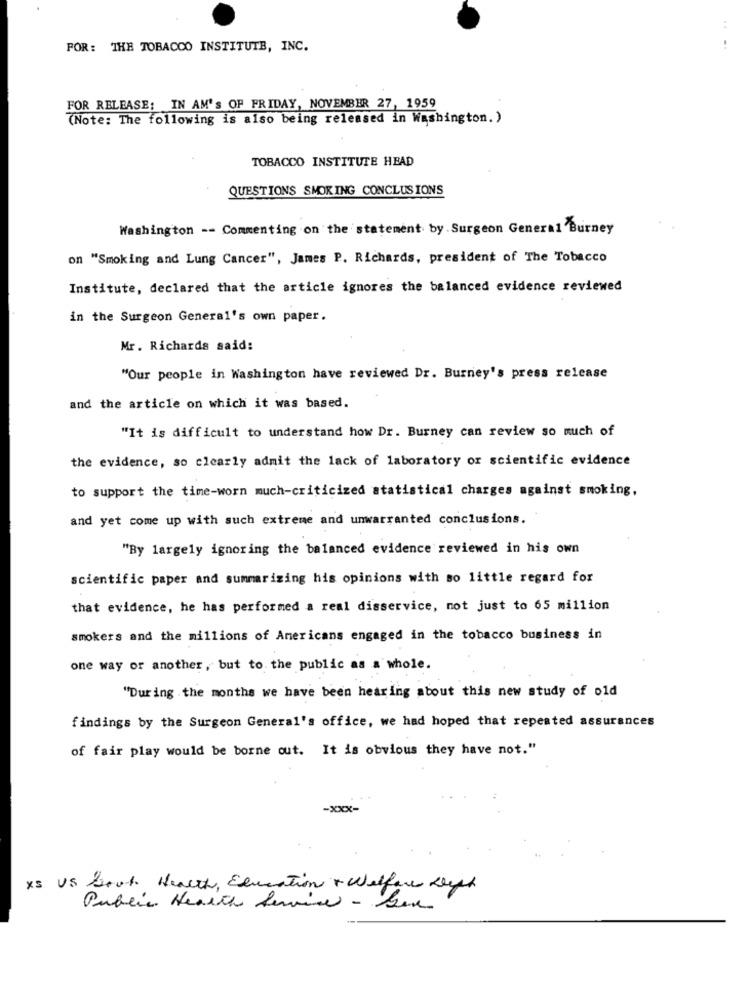
:
FOR: THE TOBACCO INSTITUTE, INC.
FOR RELEASE: IN AM'S OF FRIDAY, NOVEMBER 27, 1959
(Note: The following is also being released in Washington. )
TOBACCO INSTITUTE HEAD
QUESTIONS SMOKING CONCLUSIONS
Washington -- Commenting on the statement by Surgeon General Burney
on "Smoking and Lung Cancer", James P. Richards, president of The Tobacco
Institute, declared that the article ignores the balanced evidence reviewed
in the Surgeon General's own paper.
Mr. Richards said:
"Our people in Washington have reviewed Dr. Burney's press release
and the article on which it was based.
"It is difficult to understand how Dr. Burney can review so much of
the evidence, so clearly admit the lack of laboratory or scientific evidence
to support the time-worn much-criticized statistical charges against smoking,
and yet come up with such extreme and unwarranted conclusions.
"By largely ignoring the balanced evidence reviewed in his own
scientific paper and summarizing his opinions with so little regard for
that evidence, he has performed a real disservice, not just to 65 million
smokers and the millions of Americans engaged in the tobacco business in
one way or another, but to. the public as a whole.
"During the months we have been hearing about this new study of old
findings by the Surgeon General's office, we had hoped that repeated assurances
of fair play would be borne out. It is obvious they have not."
-xxx-
XS US Good Health, Education + Welfare Left
Public Health Service - Gor